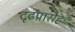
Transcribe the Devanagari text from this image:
दृढप्रारोहः